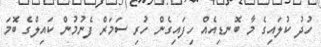
ހުދު ކުލައިގެ މާ ބޮނޑިއެއް ހިފައިގެން ހުރި ސަމަރް ފެނުމުން ކައިލްގެ ބޮމަ